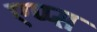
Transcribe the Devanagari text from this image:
एप्प्स